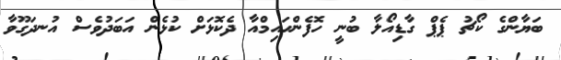
ބަޔާންގެ ކޯޗު ޕެޕް ގާޑިއޯލާ ބުނީ ހޮފެންހައިމްއާ ދެކޮޅަށް ކުޅެން އަބަދުވެސް އުނދަގޫވާ